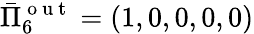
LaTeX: \bar{\Pi}_{6}^{\mathrm{~o~u~t~}}=(1,0,0,0,0)